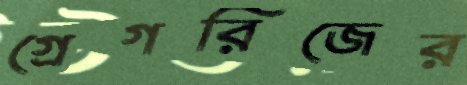
গ্রেগরিজের